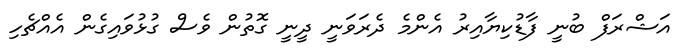
އަޝްރަފް ބުނީ ފާޑުކިޔާއިރު އެންމެ ދެރަވަނީ ދީނީ ގޮތުން ވެސް ގުޅުވައިގެން އެއްޗެހި